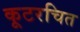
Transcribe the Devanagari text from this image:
कूटरचित